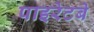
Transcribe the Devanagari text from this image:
पाइरेटबे